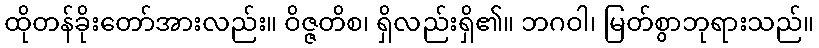
ထိုတန်ခိုးတော်အားလည်း။ ဝိဇ္ဇတိစ၊ ရှိလည်းရှိ၏။ ဘဂဝါ၊ မြတ်စွာဘုရားသည်။